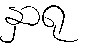
နှာရု